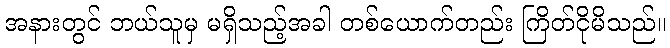
အနားတွင် ဘယ်သူမှ မရှိသည့်အခါ တစ်ယောက်တည်း ကြိတ်ငိုမိသည်။